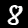
Label: 8